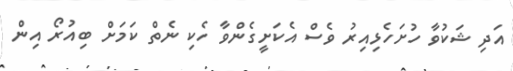
އަދި ޝަކުވާ ހުށަހެޅިއިރު ވެސް އެކަށީގެންވާ ހެކި ނެތް ކަމަށް ބިއުރޯ އިން